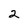
Character: 2